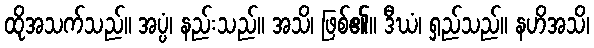
ထိုအသက်သည်။ အပ္ပံ၊ နည်းသည်။ အသိ၊ ဖြစ်၏။ ဒီဃံ၊ ရှည်သည်။ နဟိအသိ၊